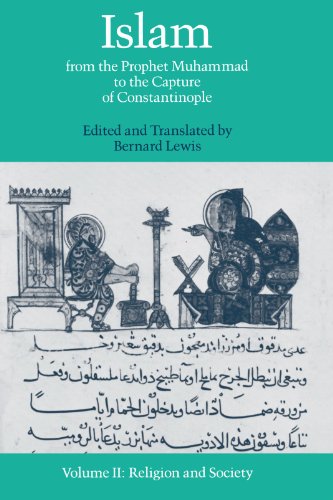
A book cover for Islam: From the Prophet Muhammad to the Capture of Constantinople Volume 2:  Religion and Society; Religion & Spirituality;